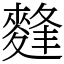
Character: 䴶